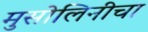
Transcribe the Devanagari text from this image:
मुसोलिनीचा